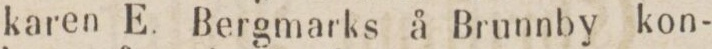
karen E. Bergmarks å Brunnby kon-